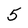
Character: 5